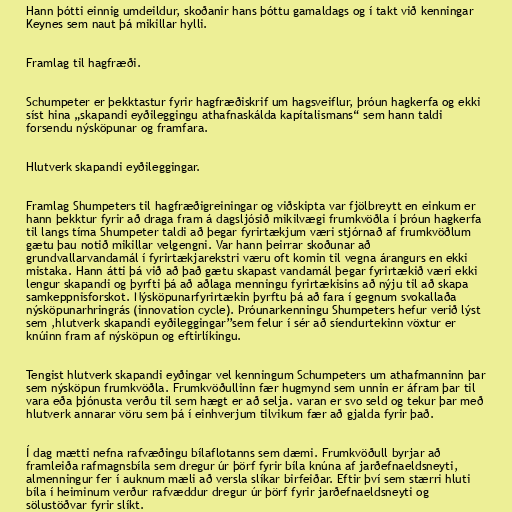
Hann þótti einnig umdeildur, skoðanir hans þóttu gamaldags og í takt við kenningar
Keynes sem naut þá mikillar hylli.

Framlag til hagfræði.

Schumpeter er þekktastur fyrir hagfræðiskrif um hagsveiflur, þróun hagkerfa og ekki
síst hina „skapandi eyðileggingu athafnaskálda kapítalismans“ sem hann taldi
forsendu nýsköpunar og framfara.

Hlutverk skapandi eyðileggingar.

Framlag Shumpeters til hagfræðigreiningar og viðskipta var fjölbreytt en einkum er
hann þekktur fyrir að draga fram á dagsljósið mikilvægi frumkvöðla í þróun hagkerfa
til langs tíma Shumpeter taldi að þegar fyrirtækjum væri stjórnað af frumkvöðlum
gætu þau notið mikillar velgengni. Var hann þeirrar skoðunar að
grundvallarvandamál í fyrirtækjarekstri væru oft komin til vegna árangurs en ekki
mistaka. Hann átti þá við að það gætu skapast vandamál þegar fyrirtækið væri ekki
lengur skapandi og þyrfti þá að aðlaga menningu fyrirtækisins að nýju til að skapa
samkeppnisforskot. Nýsköpunarfyrirtækin þyrftu þá að fara í gegnum svokallaða
nýsköpunarhringrás (innovation cycle). Þróunarkenningu Shumpeters hefur verið lýst
sem ,hlutverk skapandi eyðileggingar’’sem felur í sér að síendurtekinn vöxtur er
knúinn fram af nýsköpun og eftirlíkingu.

Tengist hlutverk skapandi eyðingar vel kenningum Schumpeters um athafmanninn þar
sem nýsköpun frumkvöðla. Frumkvöðullinn fær hugmynd sem unnin er áfram þar til
vara eða þjónusta verðu til sem hægt er að selja. varan er svo seld og tekur þar með
hlutverk annarar vöru sem þá í einhverjum tilvikum fær að gjalda fyrir það.

Í dag mætti nefna rafvæðingu bílaflotanns sem dæmi. Frumkvöðull byrjar að
framleiða rafmagnsbíla sem dregur úr þörf fyrir bíla knúna af jarðefnaeldsneyti,
almenningur fer í auknum mæli að versla slíkar birfeiðar. Eftir því sem stærri hluti
bíla í heiminum verður rafvæddur dregur úr þörf fyrir jarðefnaeldsneyti og
sölustöðvar fyrir slíkt.